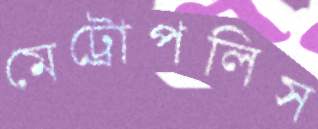
মেট্রোপলিস